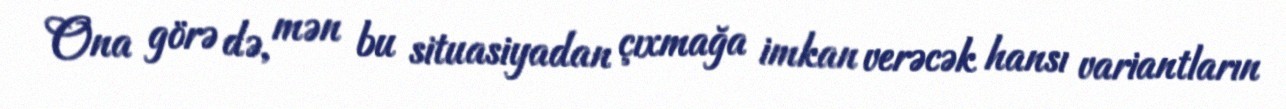
Ona görə də, mən bu situasiyadan çıxmağa imkan verəcək hansı variantların